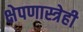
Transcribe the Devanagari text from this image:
क्षेपणास्त्रेही